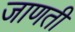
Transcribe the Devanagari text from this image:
जाणती